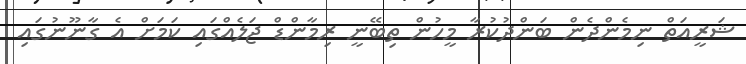
ޝަރީއަތް ނިމެންދެން ބަންދުކުރާ މީހުން ތިބޭނީ ރިމާންޑް ޖަލެއްގައި ކަމަށް އެ ގާނޫނުގައި